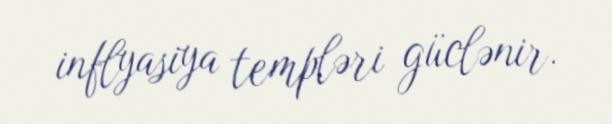
inflyasiya templəri güclənir.